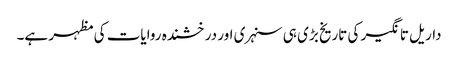
داریل تانگیر کی تاریخ بڑی ہی سنہری اور درخشندہ روایات کی مظہر ہے۔